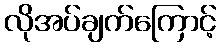
လိုအပ်ချက်ကြောင့်